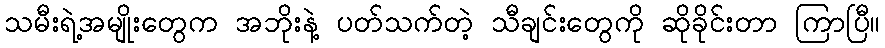
သမီးရဲ့အမျိုးတွေက အဘိုးနဲ့ ပတ်သက်တဲ့ သီချင်းတွေကို ဆိုခိုင်းတာ ကြာပြီ။